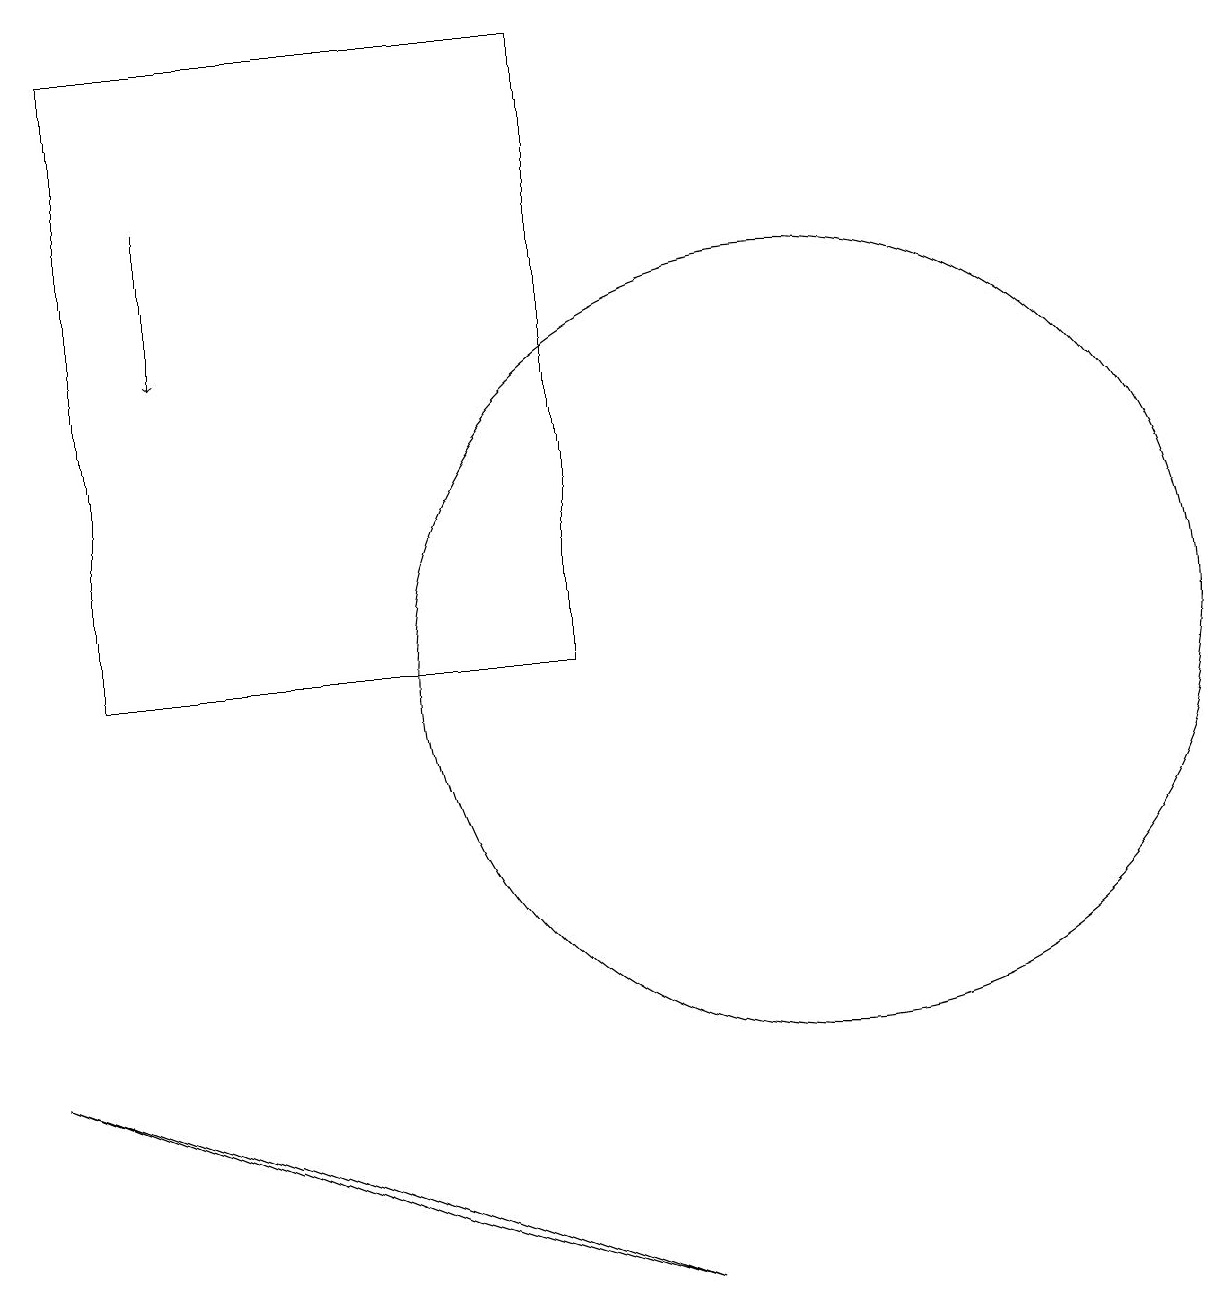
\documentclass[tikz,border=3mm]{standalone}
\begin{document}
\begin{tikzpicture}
\draw (10,10) circle (5);
\draw[->] (2,16) -- (2,14);
\draw (1,18) rectangle (7,10);
\draw (8,2) -- (5,3) -- (0,5) -- cycle;
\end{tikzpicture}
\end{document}